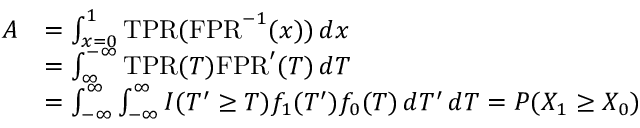
{ \begin{array} { r l } { A } & { = \int _ { x = 0 } ^ { 1 } { \mathrm { T P R } } ( { \mathrm { F P R } } ^ { - 1 } ( x ) ) \, d x } \\ & { = \int _ { \infty } ^ { - \infty } { \mathrm { T P R } } ( T ) { \mathrm { F P R } } ^ { \prime } ( T ) \, d T } \\ & { = \int _ { - \infty } ^ { \infty } \int _ { - \infty } ^ { \infty } I ( T ^ { \prime } \geq T ) f _ { 1 } ( T ^ { \prime } ) f _ { 0 } ( T ) \, d T ^ { \prime } \, d T = P ( X _ { 1 } \geq X _ { 0 } ) } \end{array} }